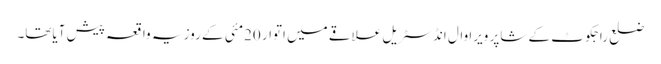
ضلع راجکوٹ کے شاپر ویرا وال انڈسٹریل علاقے میں اتوار 20مئی کے روز یہ واقعہ پیش آیاتھا۔